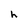
Character: h